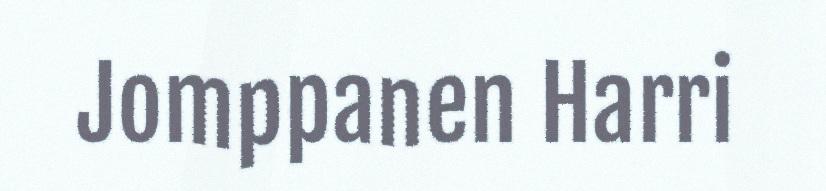
Jomppanen Harri